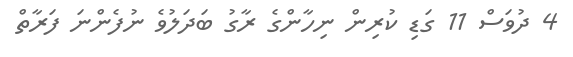
4 ދުވަސް 11 ގަޑި ކުރިން ނިހާންގެ ރާގު ބަދަލުވެ ނުފެންނަ ފަރާތް